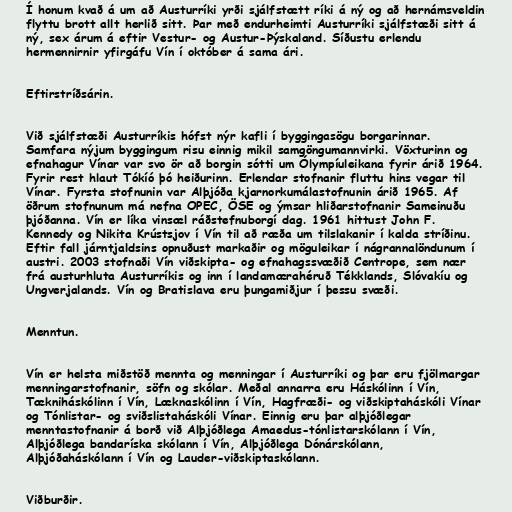
Í honum kvað á um að Austurríki yrði sjálfstætt ríki á ný og að hernámsveldin
flyttu brott allt herlið sitt. Þar með endurheimti Austurríki sjálfstæði sitt á
ný, sex árum á eftir Vestur- og Austur-Þýskaland. Síðustu erlendu
hermennirnir yfirgáfu Vín í október á sama ári.

Eftirstríðsárin.

Við sjálfstæði Austurríkis hófst nýr kafli í byggingasögu borgarinnar.
Samfara nýjum byggingum risu einnig mikil samgöngumannvirki. Vöxturinn og
efnahagur Vínar var svo ör að borgin sótti um Ólympíuleikana fyrir árið 1964.
Fyrir rest hlaut Tókíó þó heiðurinn. Erlendar stofnanir fluttu hins vegar til
Vínar. Fyrsta stofnunin var Alþjóða kjarnorkumálastofnunin árið 1965. Af
öðrum stofnunum má nefna OPEC, ÖSE og ýmsar hliðarstofnanir Sameinuðu
þjóðanna. Vín er líka vinsæl ráðstefnuborgí dag. 1961 hittust John F.
Kennedy og Nikita Krústsjov í Vín til að ræða um tilslakanir í kalda stríðinu.
Eftir fall járntjaldsins opnuðust markaðir og möguleikar í nágrannalöndunum í
austri. 2003 stofnaði Vín viðskipta- og efnahagssvæðið Centrope, sem nær
frá austurhluta Austurríkis og inn í landamærahéruð Tékklands, Slóvakíu og
Ungverjalands. Vín og Bratislava eru þungamiðjur í þessu svæði.

Menntun.

Vín er helsta miðstöð mennta og menningar í Austurríki og þar eru fjölmargar
menningarstofnanir, söfn og skólar. Meðal annarra eru Háskólinn í Vín,
Tækniháskólinn í Vín, Læknaskólinn í Vín, Hagfræði- og viðskiptaháskóli Vínar
og Tónlistar- og sviðslistaháskóli Vínar. Einnig eru þar alþjóðlegar
menntastofnanir á borð við Alþjóðlega Amaedus-tónlistarskólann í Vín,
Alþjóðlega bandaríska skólann í Vín, Alþjóðlega Dónárskólann,
Alþjóðaháskólann í Vín og Lauder-viðskiptaskólann.

Viðburðir.